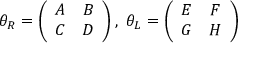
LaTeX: \theta _ { R } = \left( \begin{array} { c c } { { A } } & { { B } } \\ { { C } } & { { D } } \end{array} \right) , \ \theta _ { L } = \left( \begin{array} { c c } { { E } } & { { F } } \\ { { G } } & { { H } } \end{array} \right)